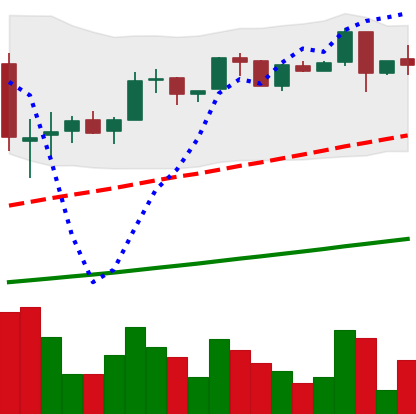
Ticker: LTC-USD
Chart end date: 2017-06-14
Forward return: 66.489%
Label: up_7plus